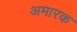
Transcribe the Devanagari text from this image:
अमारक